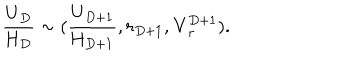
\frac { \mathrm { U } _ { D } } { \mathrm { H } _ { D } } \sim ( \frac { \mathrm { U } _ { D + 1 } } { \mathrm { H } _ { D + 1 } } , r _ { D + 1 } , { \bf V } _ { r } ^ { D + 1 } ) .